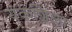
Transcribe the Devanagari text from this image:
यकशिला